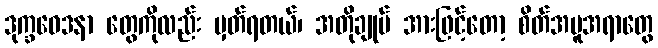
ဒုက္ခဝေဒနာ တွေကိုလည်း မှတ်ရတယ်၊ အတိုချုပ် အားဖြင့်တော့ စိတ်အမူအရာတွေ